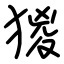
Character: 猣